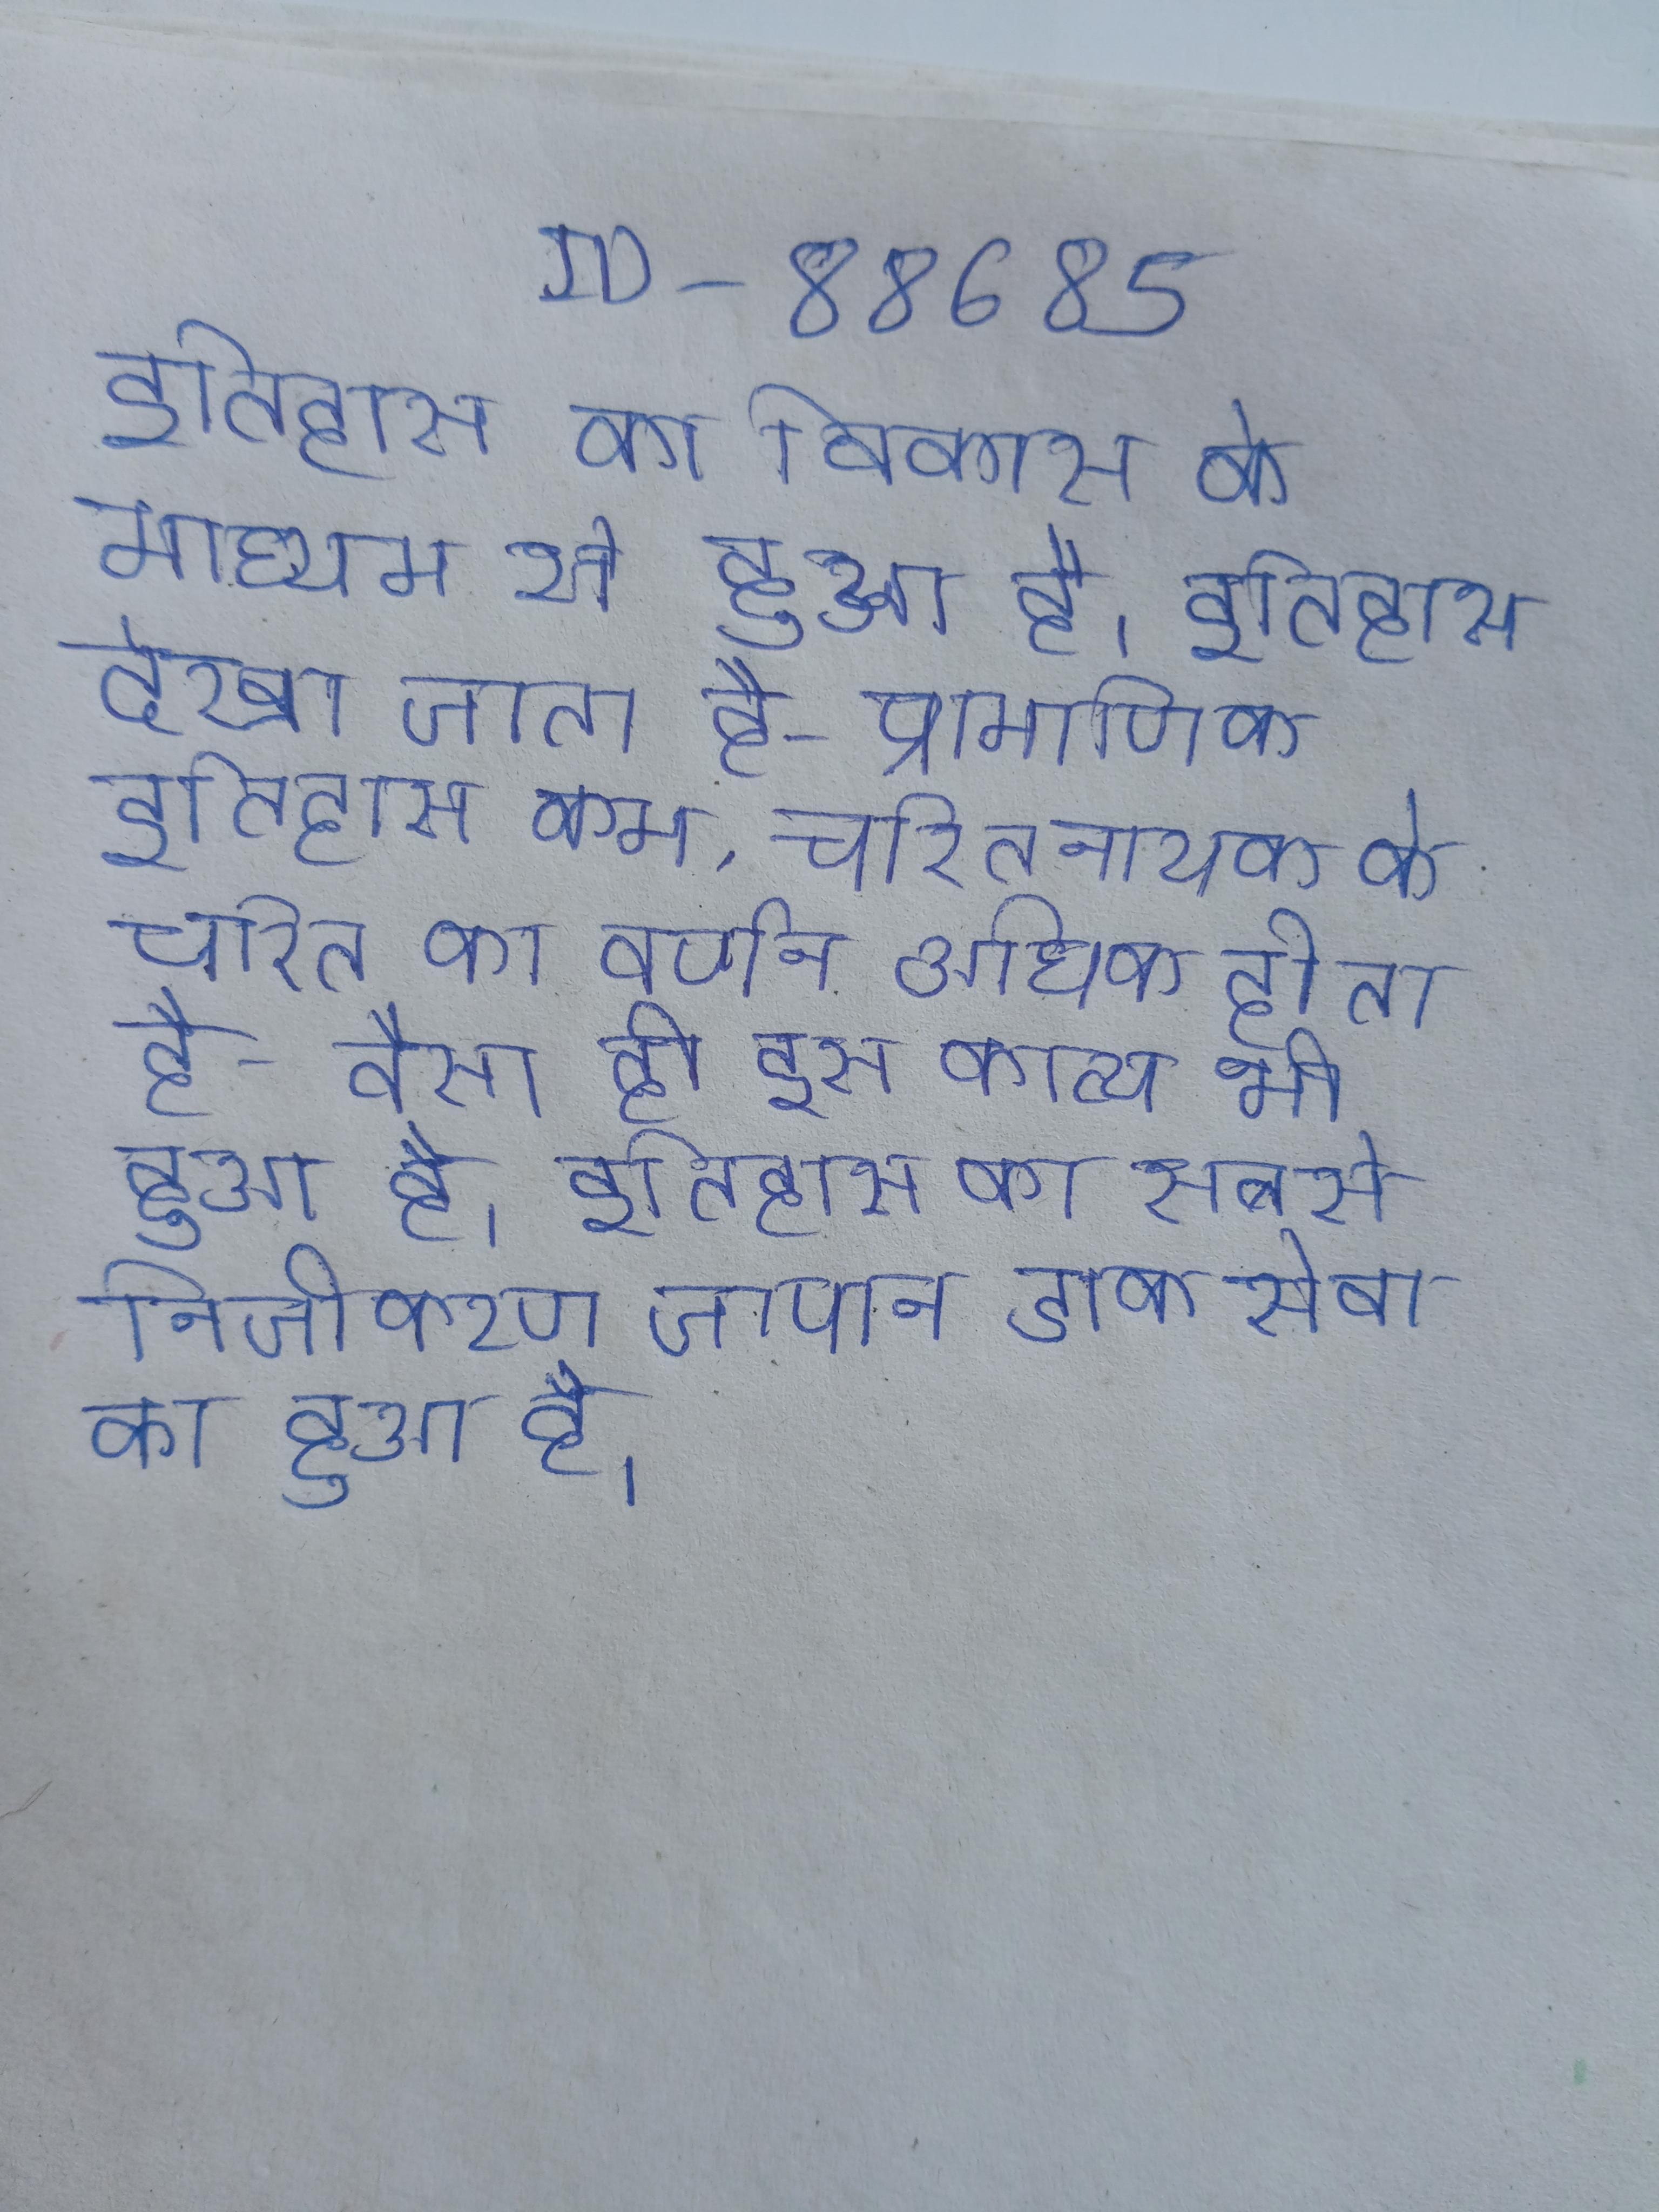
इतिहास का विकास के माध्यम से हुआ है । इतिहास देखा जाता है- प्रामाणिक इतिहास कम, चरितनायक के चरित का वर्णन अधिक होता है- वैसा ही इस काव्य भी हुआ है । इतिहास का सबसे निजीकरण जापान डाक सेवा का हुआ है ।